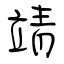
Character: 靖